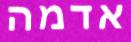
אדמה